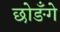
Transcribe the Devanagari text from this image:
छोङँगे